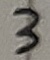
Text: 3